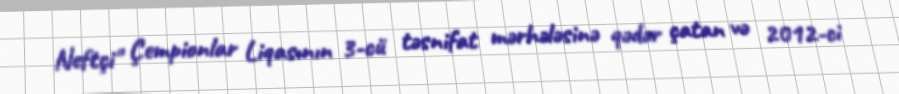
Neftçi" Çempionlar Liqasının 3-cü təsnifat mərhələsinə qədər çatan və 2012-ci